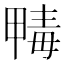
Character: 𣫹